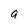
Character: g